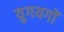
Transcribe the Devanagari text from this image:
युगयगों